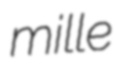
mille